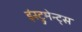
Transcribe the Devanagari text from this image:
इंस्ट्रुमेन्ट्स